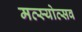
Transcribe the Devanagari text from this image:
मत्स्योत्सव